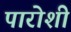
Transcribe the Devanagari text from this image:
पारोशी